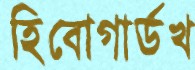
হিবোগার্ডখ